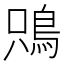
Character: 𩿦